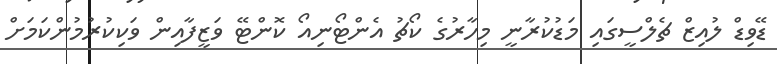
ޑޭވިޑް ލުއިޒް ޗެލްސީގައި މަޑުކުރާނީ މިހާރުގެ ކޯޗު އެންޓޯނިއޯ ކޮންޓޭ ވަޒީފާއިން ވަކިކުރުމުންކަމަށް